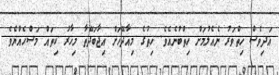
އަދިވެސް ހިތްވަރު ނެއެލުމަށް ހިތްބުނެއެވެ. ހިތުގެ މިއާދޭހަށް އިޖާބަދޭތާ މިހާރު ކިތައް މަސްހެއްޔެވެ